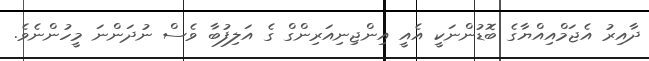
ދާއިރު އެޖަމްއިއްޔާގެ ބޮޑުންނަކީ އެއީ އިންޖިނިއަރިންގް ގެ އަލިފުބާ ވެސް ނުދަންނަ މީހުންނެވެ.